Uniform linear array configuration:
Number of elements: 16
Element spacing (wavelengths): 0.5
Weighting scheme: kaiser
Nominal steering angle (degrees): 0
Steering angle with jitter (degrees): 1.26
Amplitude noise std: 0.05
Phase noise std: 0.05

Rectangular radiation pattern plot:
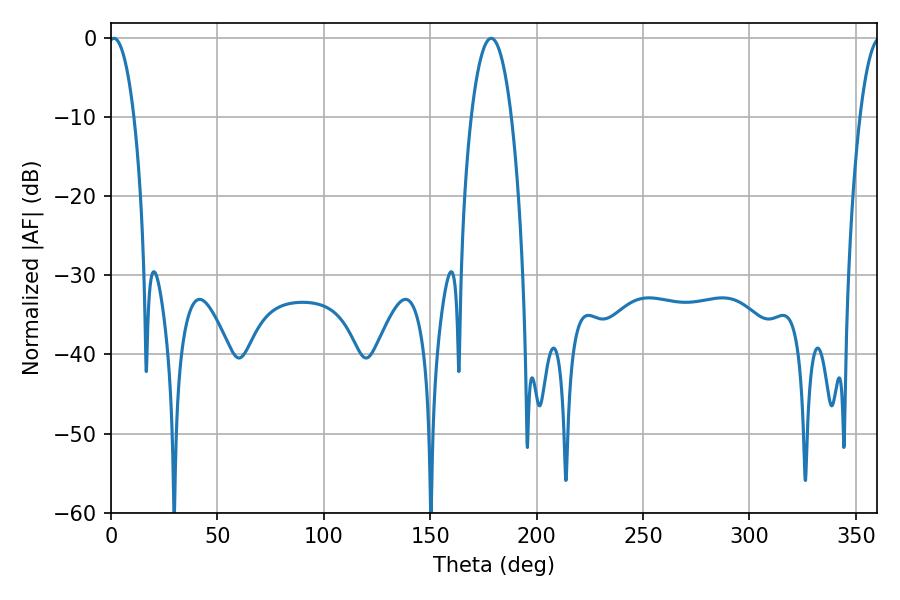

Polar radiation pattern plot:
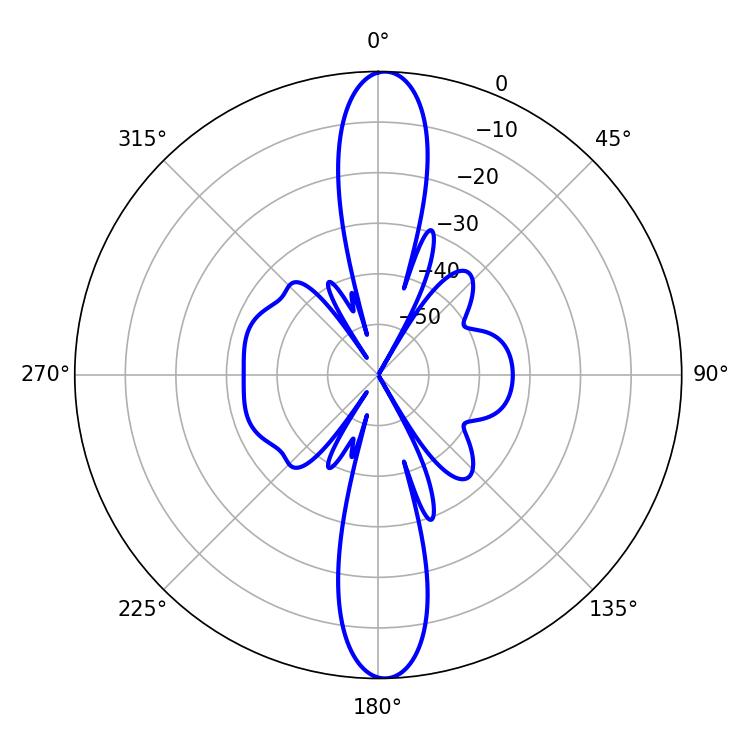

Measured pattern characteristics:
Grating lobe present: FALSE
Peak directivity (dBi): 23.471
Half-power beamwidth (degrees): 6.66
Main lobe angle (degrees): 1.44